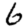
Digit: 6